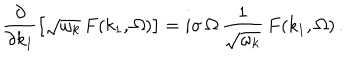
\frac { \partial } { \partial k _ { 1 } } \left[ \sqrt { \omega _ { k } } \, F ( k _ { 1 } , \Omega ) \right] = i \sigma \, \Omega \, \frac { 1 } { \sqrt { \omega _ { k } } } \, F ( k _ { 1 } , \Omega ) \, .